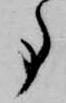
事